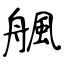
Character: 䑺